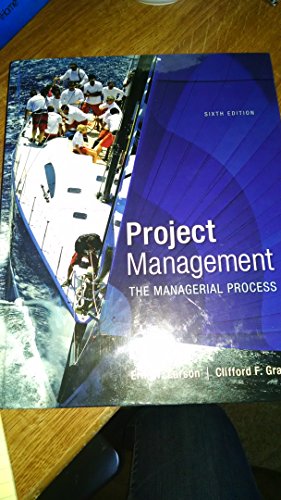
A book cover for Project Management: The Managerial Process (McGraw-Hill Series Operations and Decision Sciences); Clifford F. Gray; Business & Money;